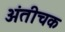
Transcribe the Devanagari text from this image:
अंतीचक